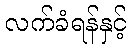
လက်ခံရန်နှင့်